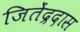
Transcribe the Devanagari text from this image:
जितेंद्रदास